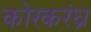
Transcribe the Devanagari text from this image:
कोरकरंध्र